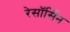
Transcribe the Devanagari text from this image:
रेसॉर्सिन